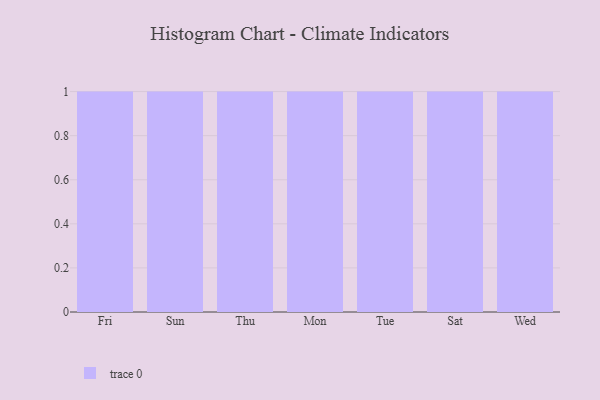
{"axis": {"x": "Day", "y": "Population (Million)"}, "legend": [""], "data": [{"x": "Fri", "y": 57, "type": ""}, {"x": "Sun", "y": 16, "type": ""}, {"x": "Thu", "y": 17, "type": ""}, {"x": "Mon", "y": 95, "type": ""}, {"x": "Tue", "y": 65, "type": ""}, {"x": "Sat", "y": 57, "type": ""}, {"x": "Wed", "y": 38, "type": ""}]}